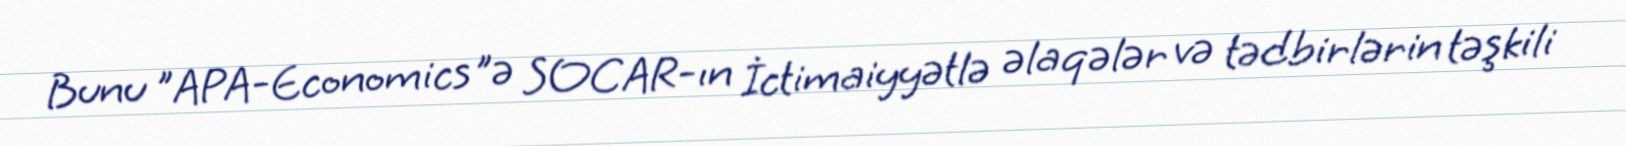
Bunu "APA-Economics"ə SOCAR-ın İctimaiyyətlə əlaqələr və tədbirlərin təşkili